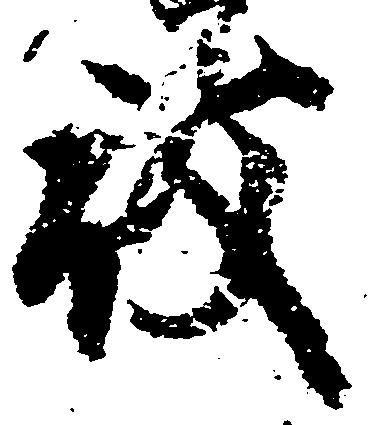
被